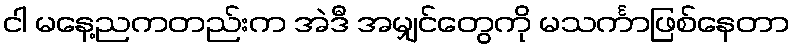
ငါ မနေ့ညကတည်းက အဲဒီ အမျှင်တွေကို မသင်္ကာဖြစ်နေတာ